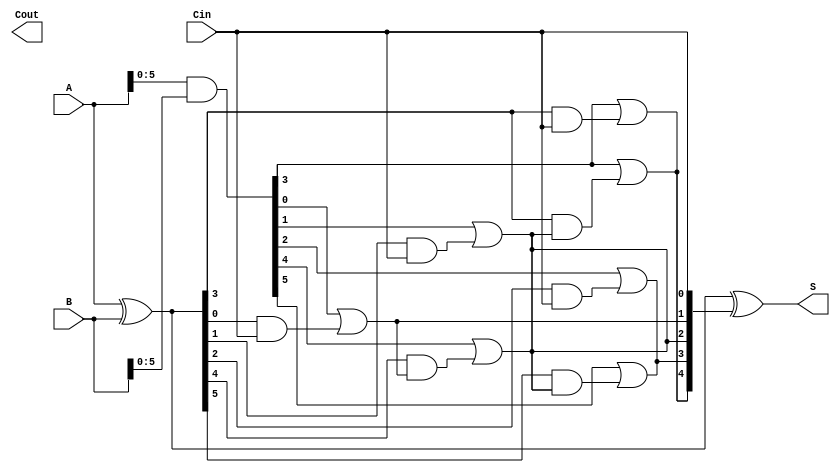
module SklanskyAdder #(parameter N = 8) (
    input  [N-1:0] A,      // First n-bit input
    input  [N-1:0] B,      // Second n-bit input
    input          Cin,     // Input carry
    output [N-1:0] S,      // Sum output
    output         Cout     // Carry output
);

    wire [N-1:0] G;        // Generate signals
    wire [N-1:0] P;        // Propagate signals
    wire [N:0] C;          // Carry signals

    // Generate and Propagate calculations
    assign G = A & B;      // Generate
    assign P = A ^ B;      // Propagate

    // Initialize carry signals
    assign C[0] = Cin;

    // Level 1 carry calculations
    genvar i;
    generate
        for (i = 0; i < N/2; i = i + 1) begin : level1
            assign C[i + 1] = G[i] | (P[i] & C[0]);
        end
    endgenerate

    // Level 2 carry calculations
    generate
        for (i = 0; i < N/4; i = i + 1) begin : level2
            assign C[i + 2] = G[i + N/2] | (P[i + N/2] & C[i + 1]);
        end
    endgenerate

    // Level 3 carry calculations
    generate
        for (i = 0; i < N/8; i = i + 1) begin : level3
            assign C[i + 4] = G[i + 3*N/8] | (P[i + 3*N/8] & C[i + 2]);
        end
    endgenerate

    // Final carry out
    assign Cout = C[N];

    // Sum calculation
    assign S = P ^ C[N-1:0];

endmodule